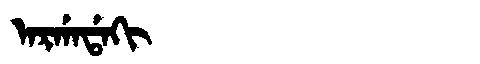
Manchu: ᠠᡵᡤᠠᡩᠠᡴᡳ
Romanization: ARGADAKI